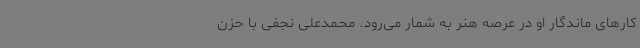
کارهای ماندگار او در عرصه هنر به شمار می‌رود. محمدعلی نجفی با حزن